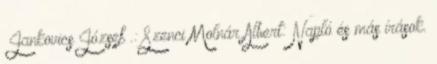
Jankovics József .: Szenci Molnár Albert: Napló és más írások.